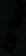
Text: 1N4001